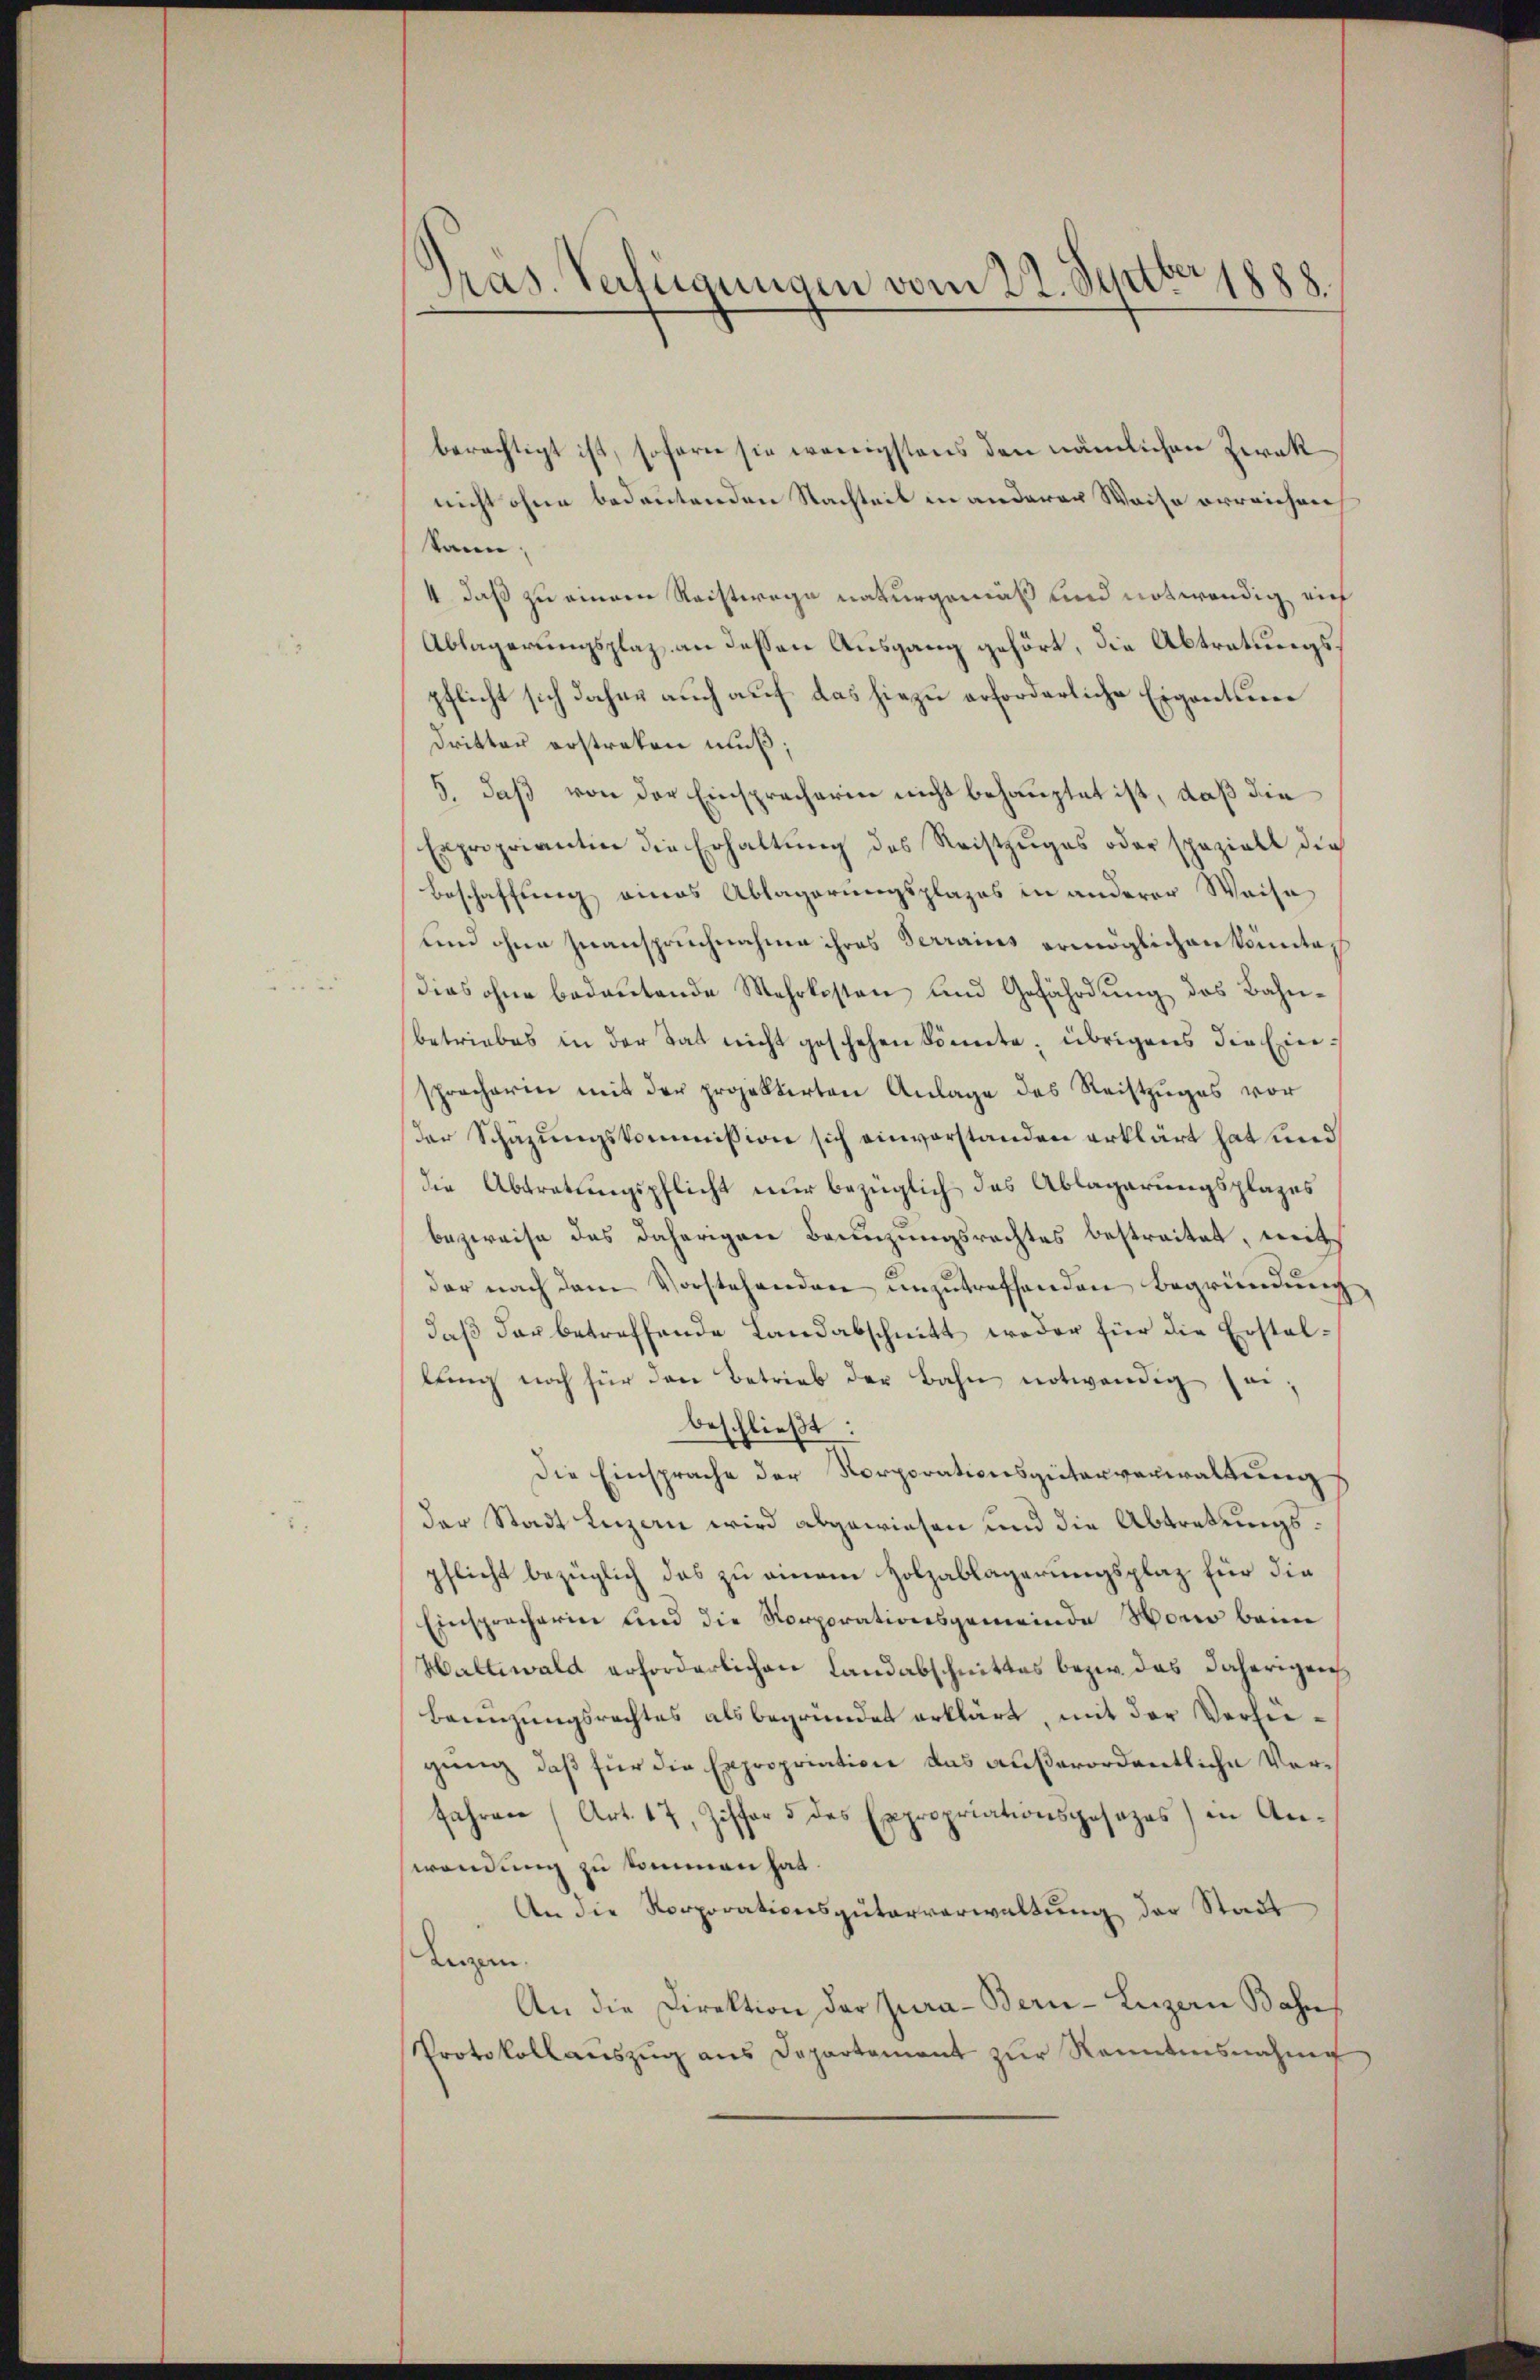
Pras. Verfügungen vom 22. Septbr 1888.

berechtigt ist, sofern sie wenigstens den nämlichen Zeraknicht ohne bedeutenden Nachteil in anderer Weise erreichen
kann,
4., daß zu einem Reistwege naturgemäß und notwendig, ein
Ablagerungsplaz an dessen Ausgang gehört, die Abtratungspflicht sich daher auch auf das hiezu erforderliche Eigentum
Dritter erstreken muß;
5, daß von der Einspracherin nicht behauptet ist, daß die
Expropriantin die Erhaltung des Reistzuges oder speziell die
Beschaffung eines Ablagerungsplazes in anderer Weise
und ohne Zuanspruchnahme ihres Terrains ermöglichen könntes
Dies ohne bedeutende Mehrkosten und Gefährdung des Bahnbetriebes in der Tat nicht geschehen könnte, übrigens die Einsprecherin mit der projektirten Anlage des Reiszuges vor
der Schazungskommission sich einverstanden erklärt hat und
die Abtratungspflicht nur bezüglich das Ablagerungsplazes
bezweife das daherigen Bannzungsrechtes bestreitet, weit
der nach dem Vorstehenden unzutreffenden Begründung,
daß der betreffende Landabschnitt weder für die Erstallung noch für den Betrieb der Bahn notwendig sei,
beschließt:
Die Einsprache der Korporationsgüterverwaltungs
der Stadt Luzern wird abgewiesen und die Abtretungspflicht bezüglich das zu einem Holzablagerungsplaz für die
Einspracherin und die Korporationsgemeinde Horio beim
Hallewald erforderlichen Landabschnittes bezw. das daherigen
Bannzungsrechtes als begründet erklärt, mit der Verfügung, daß für die Expropriation das außerordentliche Verfahren (Art. 17, Ziffer 5 des Expropriationsgesezes) in Anwendung zu kommen hat.
An die Korporationsgüterverwaltŭng der Stadt
anzen.
An die Direktion der Jura-Bern-Luzern Bahn
Protokoll aŭszŭg ans Departement zŭr Rentensnahme